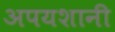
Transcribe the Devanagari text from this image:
अपयशानी